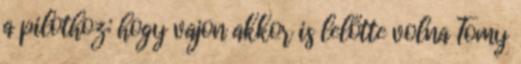
a pilothoz: hogy vajon akkor is lelőtte volna Tomy